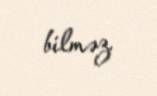
bilməz.